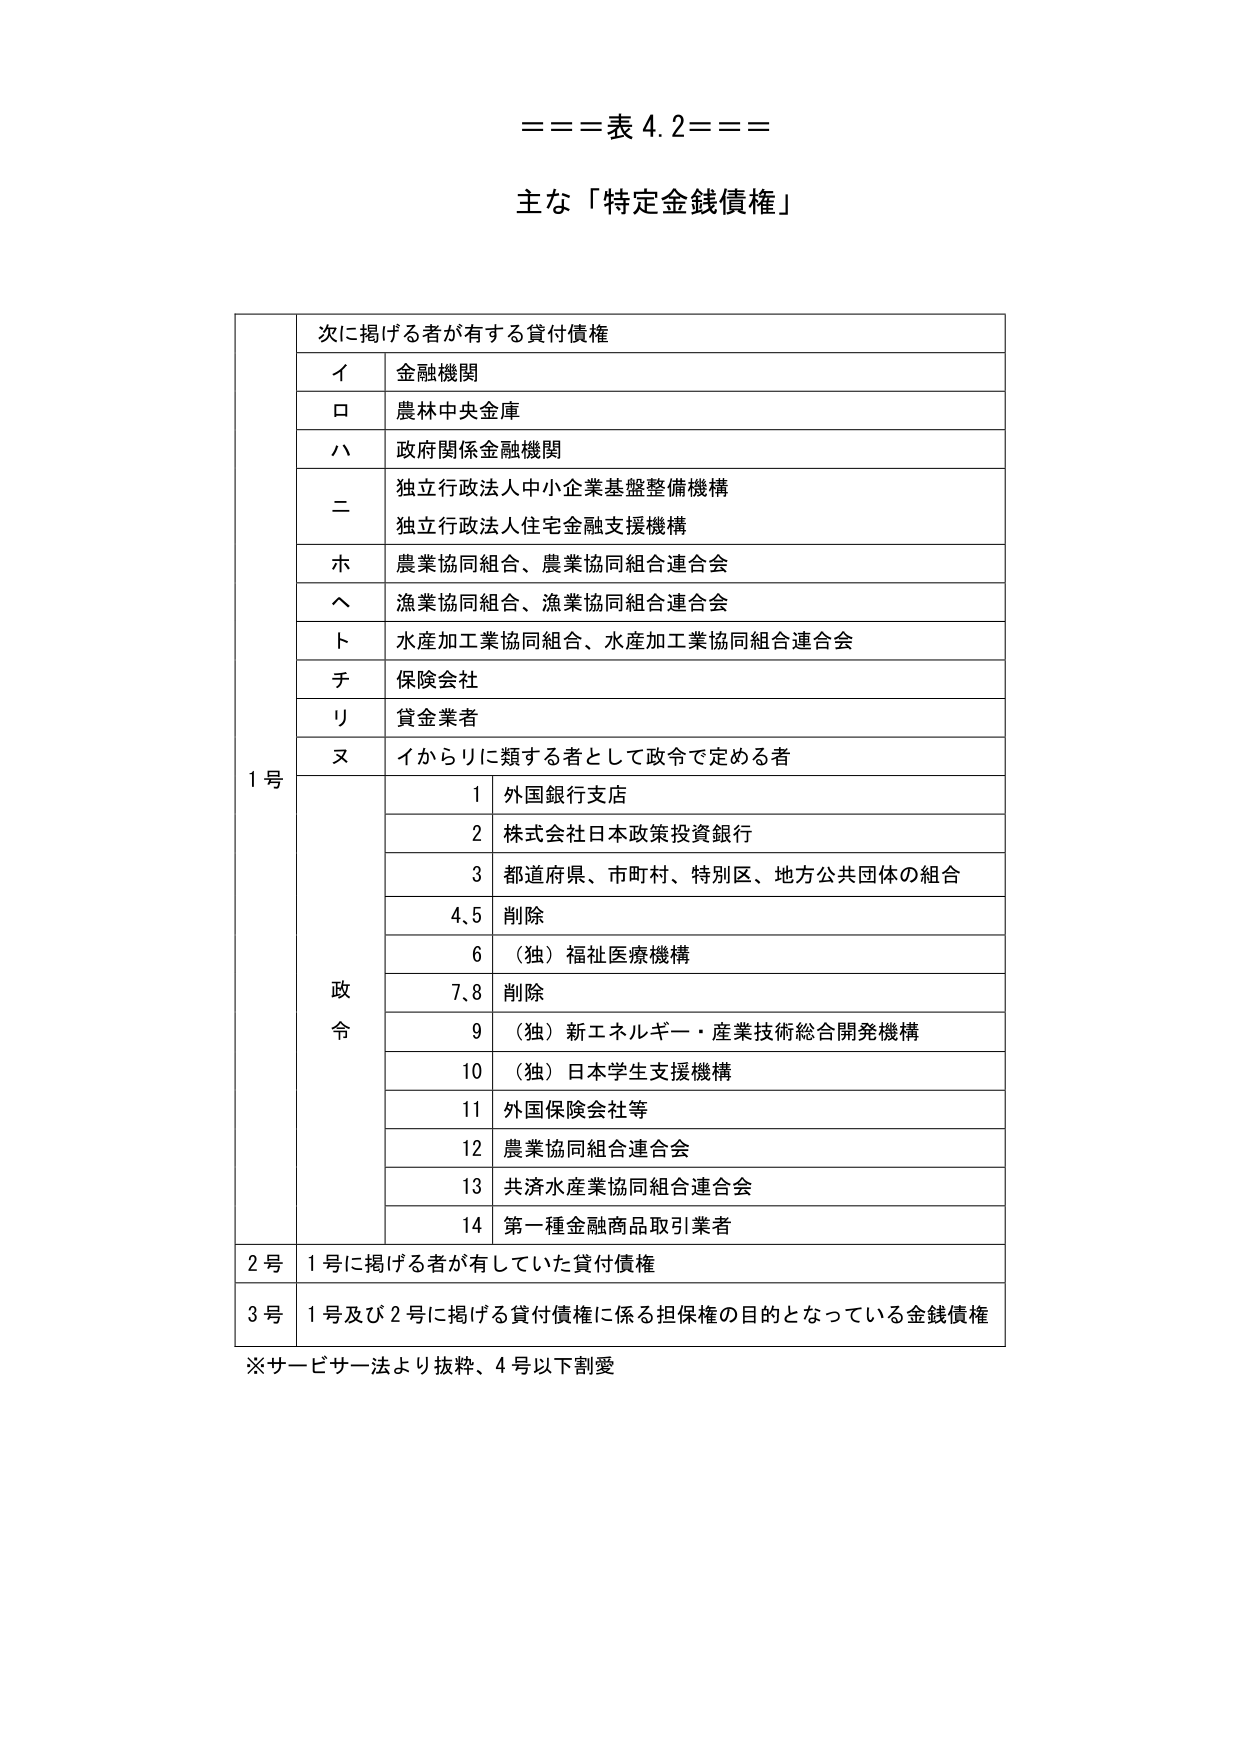
===表 4.2===

主な「特定金銭債権」

1号 次に掲げる者が有する貸付債権
　イ 金融機関
　ロ 農林中央金庫
　ハ 政府関係金融機関
　ニ 独立行政法人中小企業基盤整備機構
　　　独立行政法人住宅金融支援機構
　ホ 農業協同組合、農業協同組合連合会
　ヘ 漁業協同組合、漁業協同組合連合会
　ト 水産加工業協同組合、水産加工業協同組合連合会
　チ 保険会社
　リ 貸金業者
　ヌ イからリに類する者として政令で定める者

　　政令
　　　1 外国銀行支店
　　　2 株式会社日本政策投資銀行
　　　3 都道府県、市町村、特別区、地方公共団体の組合
　　　4,5 削除
　　　6 （独）福祉医療機構
　　　7,8 削除
　　　9 （独）新エネルギー・産業技術総合開発機構
　　　10 （独）日本学生支援機構
　　　11 外国保険会社等
　　　12 農業協同組合連合会
　　　13 共済水産業協同組合連合会
　　　14 第一種金融商品取引業者

2号 1号に掲げる者が有していた貸付債権

3号 1号及び2号に掲げる貸付債権に係る担保権の目的となっている金銭債権

※サービサー法より抜粋、4号以下割愛